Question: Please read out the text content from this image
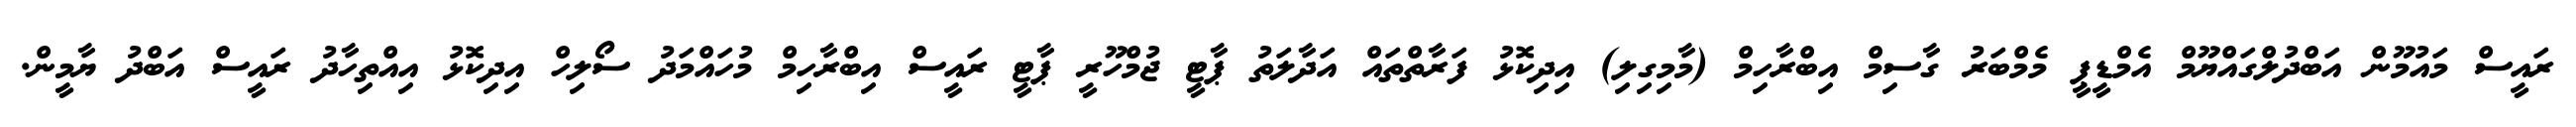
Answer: ރައީސް މައުމޫން އަބްދުލްގައްޔޫމް އެމްޑީޕީ މެމްބަރު ގާސިމް އިބްރާހިމް (މާމިގިލި) އިދިކޮޅު ފަރާތްތައް އަދާލަތު ޕާޓީ ޖުމްހޫރީ ޕާޓީ ރައީސް އިބްރާހިމް މުހައްމަދު ސޯލިހް އިދިކޮޅު އިއްތިހާދު ރައީސް އަބްދު ޔާމީން.